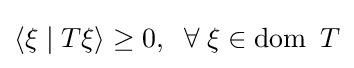
\langle \xi \mid T\xi \rangle \geq 0,\;\;\forall \;\xi \in \operatorname {dom} \ T